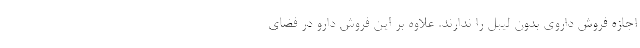
اجازه فروش داروی بدون لیبل را ندارند. علاوه بر این فروش دارو در فضای